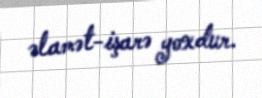
əlamət-işarə yoxdur.